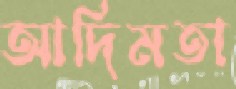
আদিমতা